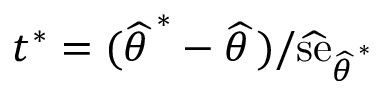
t ^ { * } = ( { \widehat { \theta \, } } ^ { * } - { \widehat { \theta \, } } ) / { \widehat { \mathrm { s e } } } _ { { \widehat { \theta \, } } ^ { * } }